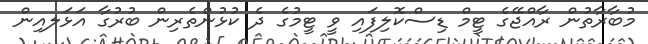
މުބާރާތުން ރާއްޖޭގެ ޓީމް ޑިސްކޮލިފައި ވީ ޓީމުގެ ދެ ކުޅުންތެރިން ބުރުގާ އަޅަލއިން